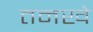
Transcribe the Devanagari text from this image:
तनखे